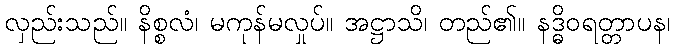
လှည်းသည်။ နိစ္စလံ၊ မကုန်မလှုပ်။ အဋ္ဌာသိ၊ တည်၏။ နဒ္ဓိဝရတ္တာပန၊